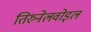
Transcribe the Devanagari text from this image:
तिरुनेलवोइल